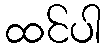
ထင်ပါ